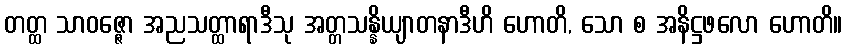
တတ္ထ သာဝဇ္ဇော အညသတ္ထာရာဒီသု အတ္တသန္နိယျာတနာဒီဟိ ဟောတိ, သော စ အနိဋ္ဌဖလော ဟောတိ။